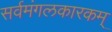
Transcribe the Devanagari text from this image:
सर्वमंगलकारकम्